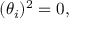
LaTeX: ( \theta _ { i } ) ^ { 2 } = 0 ,